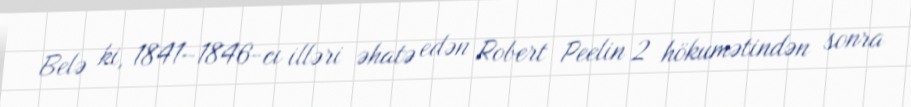
Belə ki, 1841–1846-cı illəri əhatə edən Robert Peelin 2 hökumətindən sonra